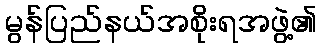
မွန်ပြည်နယ်အစိုးရအဖွဲ့၏